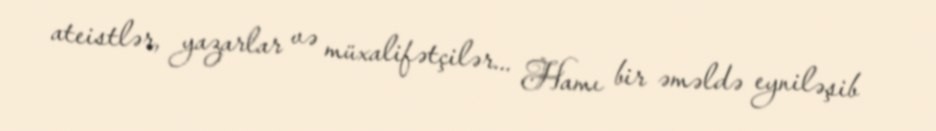
ateistlər, yazarlar və müxalifətçilər... Hamı bir əməldə eyniləşib